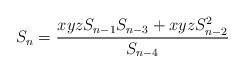
LaTeX: \begin{align*} S_n=\frac{xyz S_{n-1}S_{n-3}+xyz S_{n-2}^2}{S_{n-4}} \end{align*}